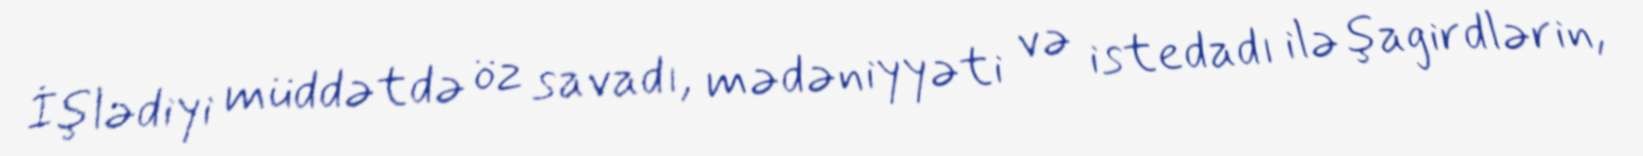
İşlədiyi müddətdə öz savadı, mədəniyyəti və istedadı ilə şagirdlərin,